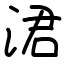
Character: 涒